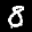
Label: 8